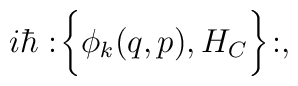
i\hbar :\!\bigg\{\phi_k(q,p),H_C\biggr\}\!:,